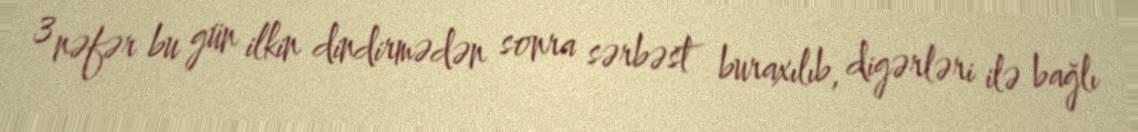
3 nəfər bu gün ilkin dindirmədən sonra sərbəst buraxılıb, digərləri ilə bağlı